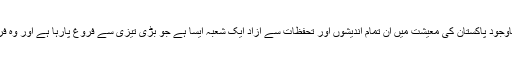
اس تمام پس منظر کے باوجود پاکستان کی معیشت میں ان تمام اندیشوں اور تحفظات سے آزاد ایک شعبہ ایسا ہے جو بڑی تیزی سے فروغ پارہا ہے اور وہ فری لانسنگ کا شعبہ ہے۔